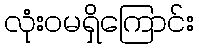
လုံးဝမရှိကြောင်း